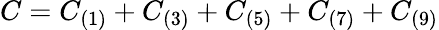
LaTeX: C=C_{(1)}+C_{(3)}+C_{(5)}+C_{(7)}+C_{(9)}